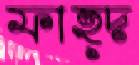
ফাহ্দ